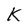
Character: k